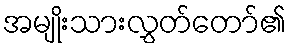
အမျိုးသားလွှတ်တော်၏